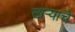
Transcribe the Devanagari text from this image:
खऱ्याचे